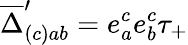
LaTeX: \overline{{\Delta}}_{(c){ab}}^{\prime}=e_{a}^{c}e_{b}^{c}\tau_{+}